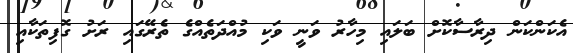
އެކަންކަން ދިރާސާކޮށް ބަލައި މިހާރު ވަނީ ވަކި މުއްދަތެއްގެ ތެރޭގައި ރަށު ގޮފިތަކާއި